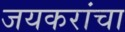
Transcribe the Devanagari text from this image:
जयकरांचा